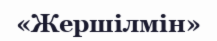
«Жершілмін»